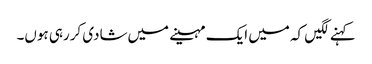
کہنے لگیں کہ میں ایک مہینے میں‌شادی کررہی ہوں۔